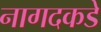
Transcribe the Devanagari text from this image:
नागदकडे